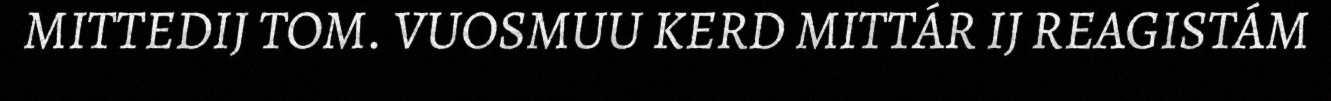
MITTEDIJ TOM. VUOSMUU KERD MITTÁR IJ REAGISTÁM